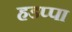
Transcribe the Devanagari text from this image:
हडप्‍पा